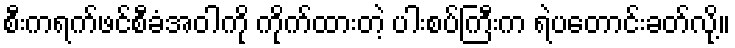
စီးကရက်ဖင်စီခံအဝါကို ကိုက်ထားတဲ့ ပါးစပ်ကြီးက ရဲပတောင်းခတ်လို့။